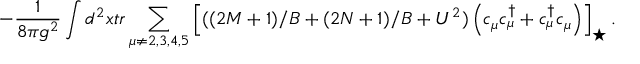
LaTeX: - \frac { 1 } { 8 \pi g ^ { 2 } } \int d ^ { 2 } x t r \sum _ { \mu \neq 2 , 3 , 4 , 5 } \left[ ( ( 2 M + 1 ) / B + ( 2 N + 1 ) / B + U ^ { 2 } ) \left( c _ { \mu } c _ { \mu } ^ { \dagger } + c _ { \mu } ^ { \dagger } c _ { \mu } \right) \right] _ { \star } .